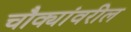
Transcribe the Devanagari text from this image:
चौक्यांवरील